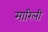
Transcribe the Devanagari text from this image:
मारिली